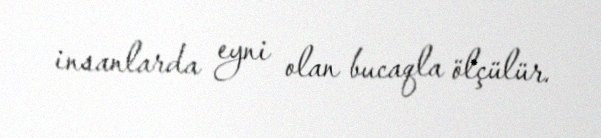
insanlarda eyni olan bucaqla ölçülür.